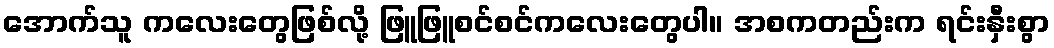
အောက်သူ ကလေးတွေဖြစ်လို့ ဖြူဖြူစင်စင်ကလေးတွေပါ။ အစကတည်းက ရင်းနှီးစွာ